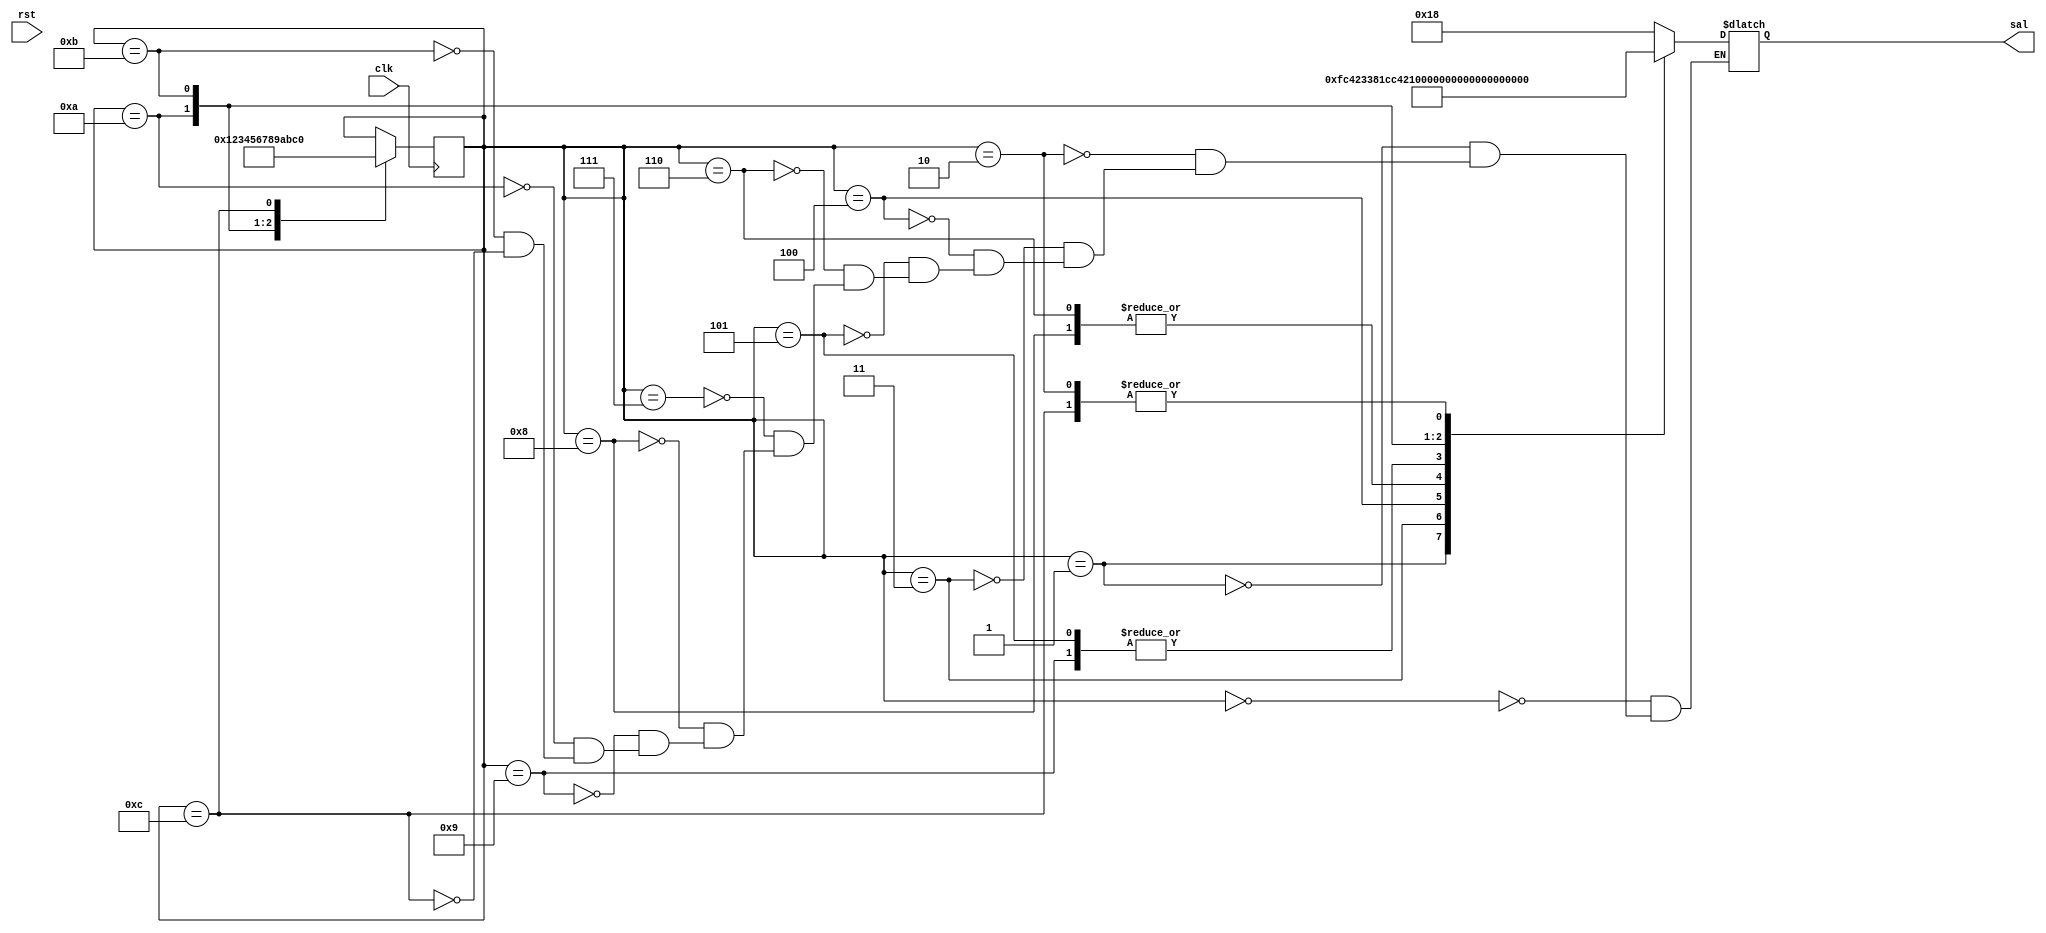
//Modulo
module Display16 (clk,sal,rst);

//Puertos
input clk,rst;
output	reg 	[15:0]	sal;

			reg 	[3:0]		estados;
			

parameter cero=0,uno=1,dos=2,tres=3,cuatro=4,cinco=5,seis=6;
parameter siete=7,ocho=8,nueve=9,diez=10,once=11,doce=12;

always@(posedge clk)
begin
	case(estados)
			cero:
				estados=uno;
			uno:
				estados=dos;
			dos:
				estados=tres;
			tres:
				estados=cuatro;
			cuatro:
				estados=cinco;
			cinco:
				estados=seis;
			seis:
				estados=siete;
			siete:
				estados=ocho;
			ocho:
				estados=nueve;
			nueve:
				estados=diez;
			diez:
				estados=once;
			once:
				estados=doce;
			doce:
				estados=cero;
		endcase
end


always@(estados)
begin
	case(estados)
	
		cero:
			sal=16'b0000000000011000;	//-
		uno:
			sal=16'b1111110001000010;	//D
		dos:	
			sal=16'b1111001100011000;	//A
		tres:	
			sal=16'b0011001110000001;	//N
		cuatro:	
			sal=16'b1100110001000010;	//I
		cinco:	
			sal=16'b1100111100010000;	//E
		seis:	
			sal=16'b0000111100000000;	//L
			
		siete:
			sal=16'b0000000000011000;	//-
		ocho:	
			sal=16'b0000111100000000;	//L
		nueve:	
			sal=16'b1100111100010000;	//E
		diez:	
			sal=16'b0000000010100010;	//Y
		once:	
			sal=16'b0000001100100100;	//V
		doce:	
			sal=16'b1111001100011000;	//A
	
	endcase
end

endmodule